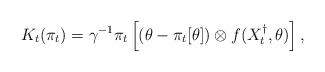
LaTeX: \begin{align*}K_t(\pi_t) = \gamma^{-1} \pi_t \left[(\theta - \pi_t[\theta]) \otimes f(X_t^\dagger ,\theta) \right] ,\end{align*}